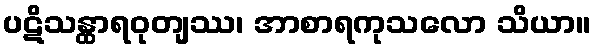
ပဋိသန္ထာရဝုတျဿ၊ အာစာရကုသလော သိယာ။